Leaving Certificate Examination, 1918
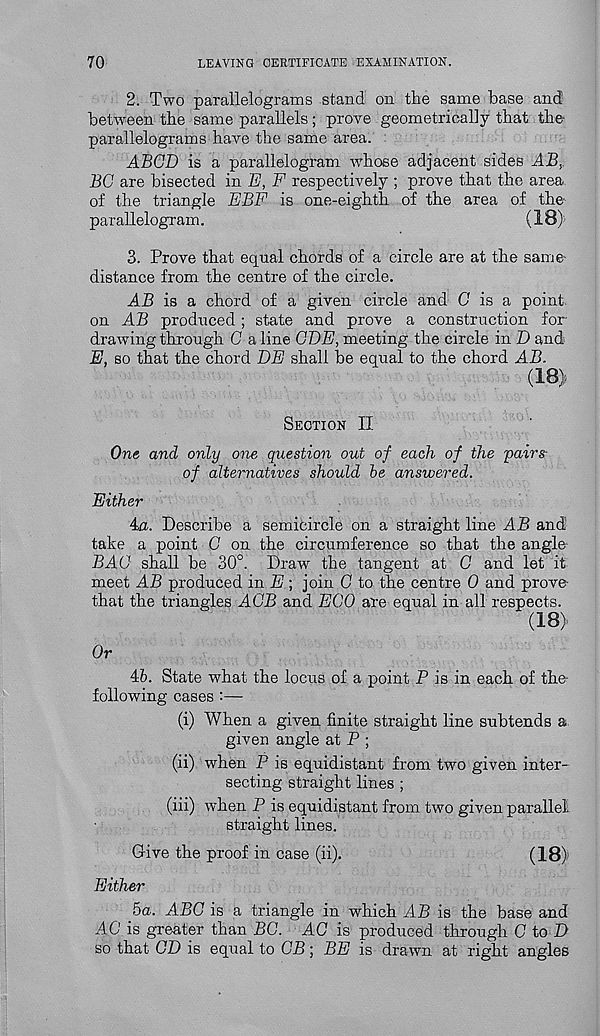
70
LEAVING OERTIFICATE EXAMINATION.
2. Two parallelograms stand on the same base and
between the same parallels; prove geometrically that the-
parallelograms have the same area.
ABGD is a parallelogram whose adjacent sides AB,.
BG are bisected in E, F respectively ; prove that the area
of the triangle EBF is one-eighth of the area of the
parallelogram.
(18)
3. Prove that equal chords of a circle are at the same
distance from the centre of the circle.
AB is a chord of a given circle and 0 is a point,
on AB produced; state and prove a construction for-
drawing through G a line GDE, meeting the circle in I) and
E, so that the chord DE shall be equal to the chord AB.
(18)
Section II
One and only one question out of each of the pair&
of alternatives should be answered.
Either
4a. Describe a semicircle on a straight line AB and
take a point G on the circumference so that the angle
BAG shall be 30°. Draw the tangent at G and let it
meet AB produced in E; join G to the centre 0 and prove-
that the triangles AGB and EGO are equal in all respects.
(18)
Or
Ab. State what the locus of a point P is in each of the-
following cases :—
(i) When a given finite straight line subtends a
given angle at P ;
(ii) when P is equidistant from two given inter-
secting straight lines ;
(hi) when P is equidistant from two given parallel
straight lines.
Give the proof in case (ii).
(18)
Either
5a. ABC is a triangle in which AB is the base and
AG is greater than BG. AG is produced through C to Z>
so that GD is equal to GB; BE is drawn at right angles